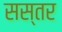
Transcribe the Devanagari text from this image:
सस्तर